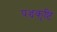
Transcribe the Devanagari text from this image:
पञ्चकृष्टि